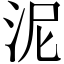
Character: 泥